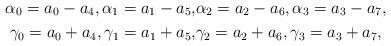
LaTeX: \begin{align*}\alpha_0=a_0-a_4, \alpha_1=a_1-a_5,& \alpha_2=a_2-a_6, \alpha_3=a_3-a_7,\\\gamma_0=a_0+a_4, \gamma_1=a_1+a_5,& \gamma_2=a_2+a_6, \gamma_3=a_3+a_7,\end{align*}